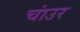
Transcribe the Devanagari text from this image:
चांउर